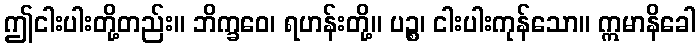
ဤငါးပါးတို့တည်း။ ဘိက္ခဝေ၊ ရဟန်းတို့။ ပဉ္စ၊ ငါးပါးကုန်သော။ ဣမာနိခေါ